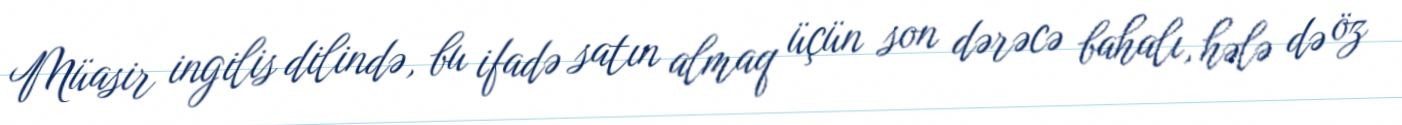
Müasir ingilis dilində, bu ifadə satın almaq üçün son dərəcə bahalı, hələ də öz